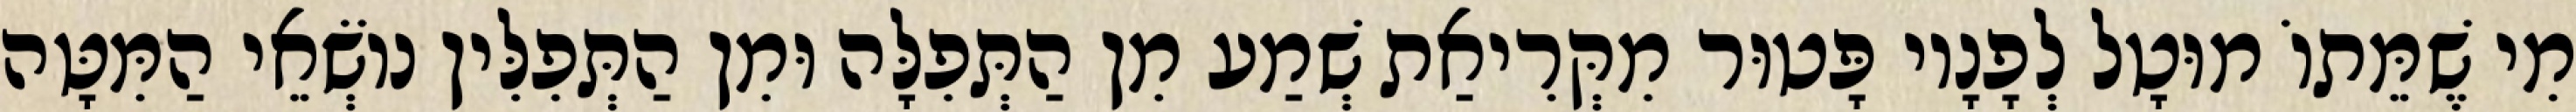
מִי שֶׁמֵּתוֹ מוּטָל לְפָנָיו פָּטוּר מִקְּרִיאַת שְׁמַע מִן הַתְּפִלָּה וּמִן הַתְּפִלִּין נוֹשְׂאֵי הַמִּטָּה